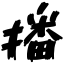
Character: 播